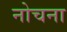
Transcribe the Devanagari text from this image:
नोचना